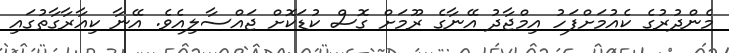
މެންދުރުގެ ކެއުމަށްފަހު އިމްޖާދު އޭނާގެ ރޫމަށް ގޮސް ކުޑަކޮށް ޖައްސާލިއެވެ. އޭނާ ކިއާރާގާތުގައި